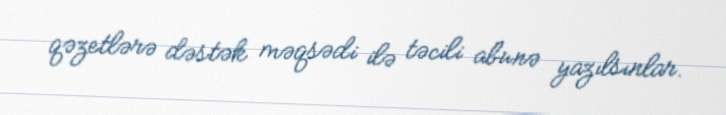
qəzetlərə dəstək məqsədi ilə təcili abunə yazılsınlar.